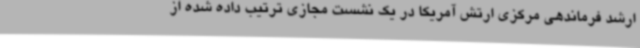
ارشد فرماندهی مرکزی ارتش آمریکا در یک نشست مجازی ترتیب داده شده از